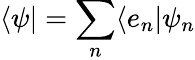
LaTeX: \langle\psi|=\sum_{n}\langle e_{n}|\psi_{n}